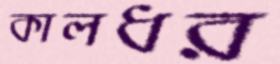
কালধর